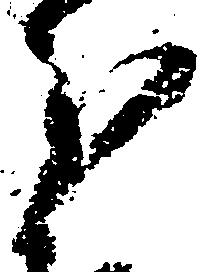
分